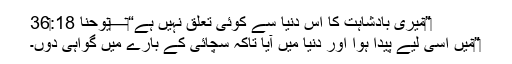
‏”‏میری بادشاہت کا اِس دُنیا سے کوئی تعلق نہیں ہے“‏—‏یوحنا 18:‏36
‏”‏مَیں اِسی لیے پیدا ہوا اور دُنیا میں آیا تاکہ سچائی کے بارے میں گواہی دوں۔